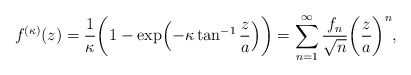
\begin{align*}f^{(\kappa)}(z)=\frac{1}{\kappa}\biggl(1-\exp\Bigl(-\kappa\tan^{-1}\frac{z}{a}\Bigr)\biggr)=\sum_{n=1}^\infty\frac{f_n}{\sqrt{n}}\biggl(\frac{z}{a}\biggr)^n,\end{align*}